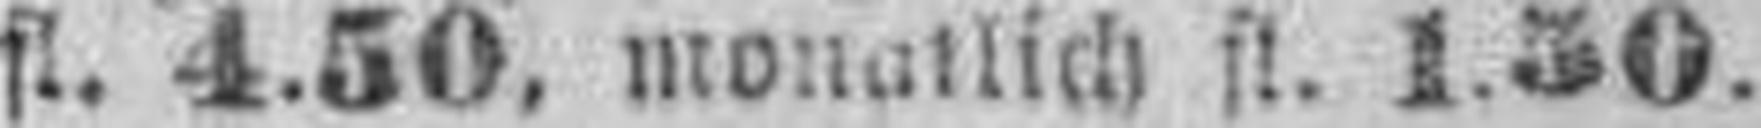
fl. 4.50, monatlich fl. 1.50.